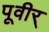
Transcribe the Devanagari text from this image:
पूवीर्